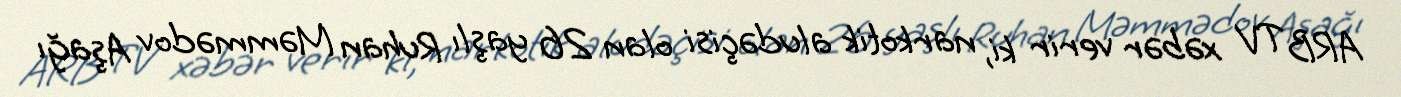
ARB TV xəbər verir ki, narkotik aludəçisi olan 26 yaşlı Ruhan Məmmədov Aşağı